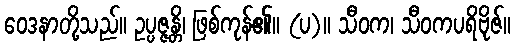
ဝေဒနာတို့သည်။ ဥပ္ပဇ္ဇန္တိ၊ ဖြစ်ကုန်၏။ (ပ)။ သီဝက၊ သီဝကပရိဗိုဇ်။